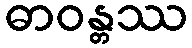
ဓာဝန္တဿ